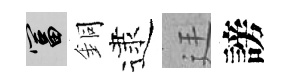
富銅逮廷謗